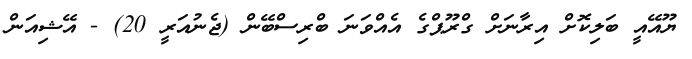
ޔޫއޭއީ ބަލިކޮށް އިރާނަށް ގްރޫޕްގެ އެއްވަނަ ބްރިސްބޭން (ޖެނުއަރީ 20) - އޭޝިއަން